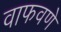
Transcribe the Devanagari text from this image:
वाफवणे